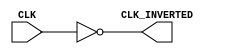
module InvertingClockBuffer (
    input wire CLK,              // Input clock signal
    output wire CLK_INVERTED     // Inverted clock output signal
);

// Invert the clock signal
assign CLK_INVERTED = ~CLK;

endmodule